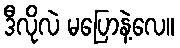
ဒီလိုလဲ မပြောနဲ့လေ။